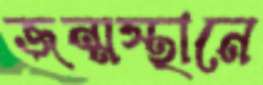
জন্মস্থানে